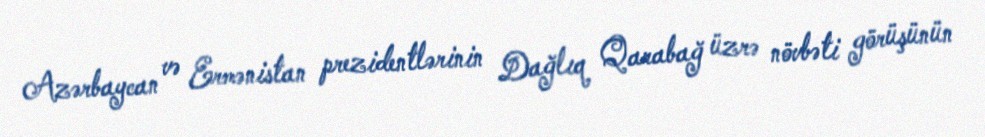
Azərbaycan və Ermənistan prezidentlərinin Dağlıq Qarabağ üzrə növbəti görüşünün